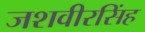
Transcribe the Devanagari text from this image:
जशवीरसिंह